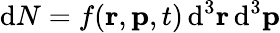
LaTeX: {\mathrm{d}}N=f(\mathbf{r},\mathbf{p},t)\, {\mathrm{d}}^{3}\mathbf{r}\, {\mathrm{d}}^{3}\mathbf{p}